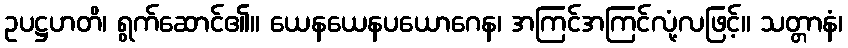
ဥပဋ္ဌဟတိ၊ ရွက်ဆောင်၏။ ယေနယေနပယောဂေန၊ အကြင်အကြင်လုံ့လဖြင့်။ သတ္တာနံ၊